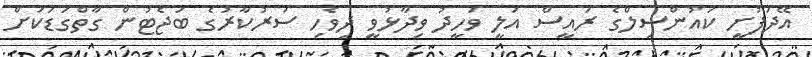
އޭދަފުށީ ކައުންސިލްގެ ރައީސް އަލީ ވަހީދު ވިދާޅުވީ ދިވެހި ސަރުކާރުގެ ބަޖެޓުން ގާތްގަޑަކަށް